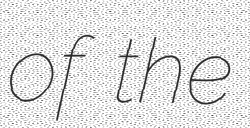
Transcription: of the